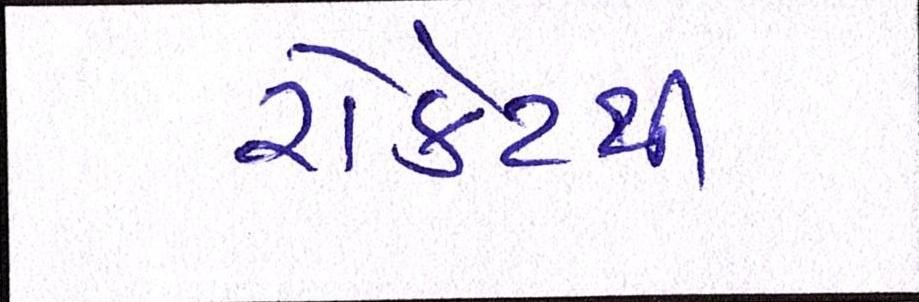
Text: રોકેટથી